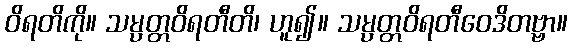
ဝိရတိကို။ သမ္ပတ္တဝိရတီတိ၊ ဟူ၍။ သမ္ပတ္တဝိရတီဝေဒိတဗ္ဗာ။